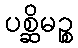
ပစ္ဆိမဉ္စ